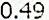
0.49